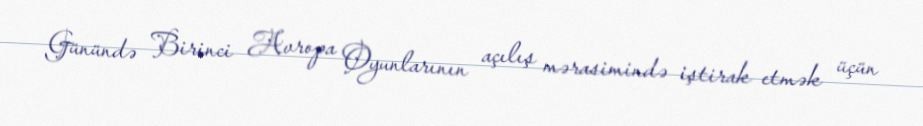
Günündə Birinci Avropa Oyunlarının açılış mərasimində iştirak etmək üçün